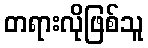
တရားလိုဖြစ်သူ